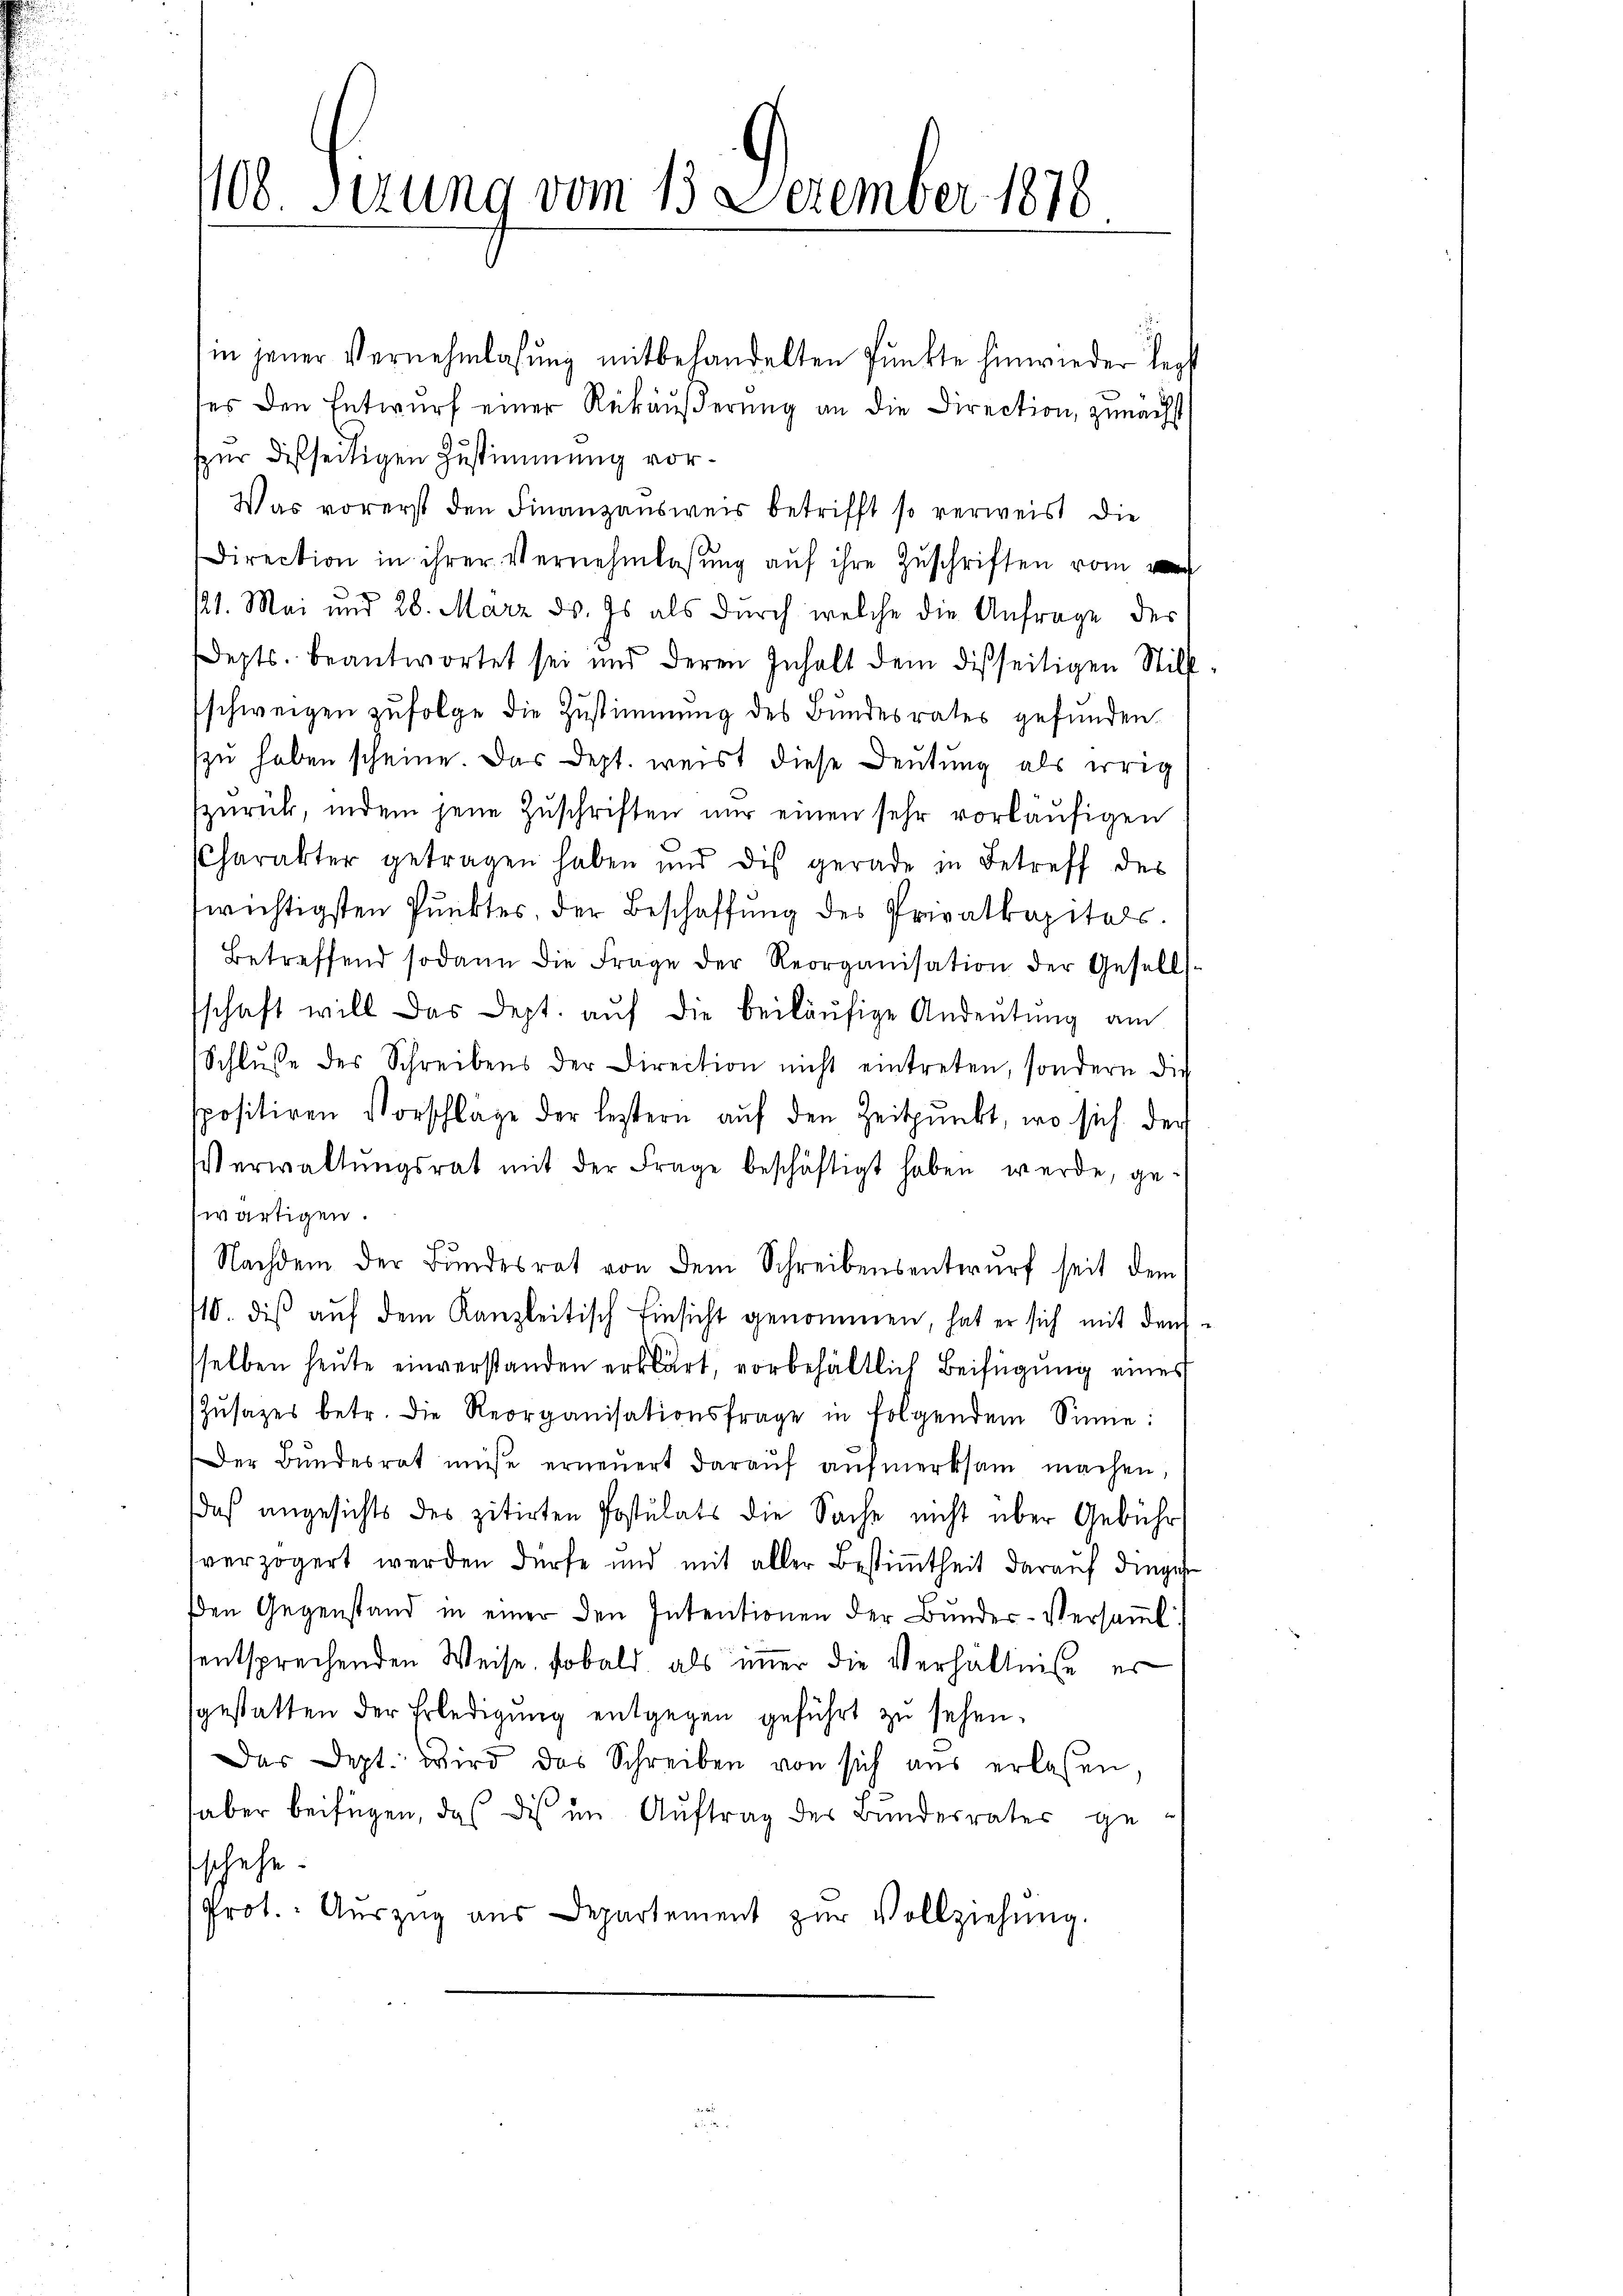
100. Serung vom 15. December 1870

in jener Vernehmlassŭng mitbehandelten Punkte hinwieder legt
ses den Entwurf einer Rükäußerung an die Direction, zunächst
spur desseitigen Zustimmung vor¬
Was vorerst den Finanzausweis betrifft so verweist die
Direction in ihrer Vernehmlassŭng aŭf ihre Zuschriften vom
121. Mai und 28. März ds. Es als durch welche die Anfrage des
epts. beantwortet sei und deren Inhalt dem disseitigen Still-
schweigen zufolge die Zustimmung des Bundesrates gefunden.
zu haben scheine. Das Dept. weist diese Deutung als irrig
zurück, indem jene Zuschriften nur einen sehr vorläufigen
Charakter getragen haben und dis gerade in Betreff des
wichtigsten Punktes, der Beschaffung des Privatkapitals.
Betreffend sodann die Frage der Reorganisation der Gesell-
schaft will das Dept. aŭf die beiläufige Andeutung am
Schlŭsse des Schreibens der Direction nicht eintreten, sondern die
spositiren Vorschläge der letztern aŭf den Zeitpunkt, wo sich der
Verwaltŭngsrat mit der Frage beschäftigt haben werde, ge-
wärtigen.
Nachdem der Bundesrat von dem Schreibensentwurf seit dem
10. dis aŭf dem Kanzleitisch Einsicht genommen, hat er sich mit den
selben heute einverstanden erklärt, vorbehältlich Beifügung eines
Zŭsazes betr. die Reorganisationsfrage in folgendem Sinne:
s
Der Bundesrat mise erneuert daraŭf aŭfmerksam machen,
daß angesichts des zitirten Postulats die Sache nicht über Gebühr
verzögert werden dürfe und mit aller Bestimmtheit darauf dinge
den Gegenstand in einer den Intentionen der Bŭndes-Versaṁl
sentsprechenden Weise, sobald als immer die Verhältnisse er
sgestatten der Erledigŭng entgegen geführt zu sehen.
Das Dept. Wird das Schreiben von sich aus erlassen,
haber beifügen, das des im Auftrag des Bundesrater ge
schehe.
Prot. Aŭszŭg aŭs Departement zŭr Vollziehŭng.